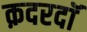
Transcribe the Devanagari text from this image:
क़दरदाॅ